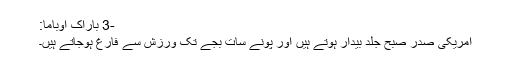
-3 باراک اوباما:
امریکی صدر صبح جلد بیدار ہوتے ہیں اور پونے سات بجے تک ورزش سے فارغ ہوجاتے ہیں۔